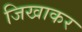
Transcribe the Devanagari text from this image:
जिखाकर